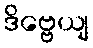
ဒိဗ္ဗေယျ